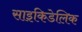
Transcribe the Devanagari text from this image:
साइकिडेलिक